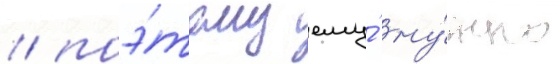
/ поэ́тому ему́ ну́жно